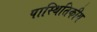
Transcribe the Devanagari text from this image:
पास्थितिकीय